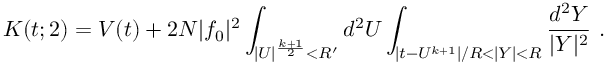
K ( t ; 2 ) = V ( t ) + 2 N | f _ { 0 } | ^ { 2 } \int _ { | U | ^ { \frac { k + 1 } { 2 } } < R ^ { \prime } } d ^ { 2 } U \int _ { | t - U ^ { k + 1 } | / R < | Y | < R } { \frac { d ^ { 2 } Y } { | Y | ^ { 2 } } } ~ .